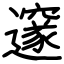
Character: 邃